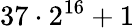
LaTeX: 37\cdot 2^{16}+1